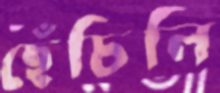
ছেঁচিলি